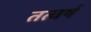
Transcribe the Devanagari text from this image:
तत्वर्ष